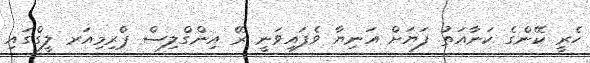
ހެރީ ކޭންގެ ކަނާއަތު ފަޔަށް އަނިޔާ ވެފައިވަނީ ރޭ އިންގްލިސް ޕްރިމިއަރ ލީގްގައި